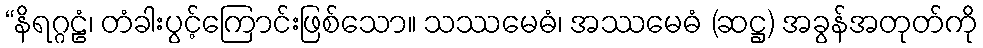
“နိရဂ္ဂဠံ၊ တံခါးပွင့်ကြောင်းဖြစ်သော။ သဿမေဓံ၊ အဿမေဓံ (ဆဋ္ဌ) အခွန်အတုတ်ကို